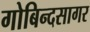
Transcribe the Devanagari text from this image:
गोबिन्‍दसागर